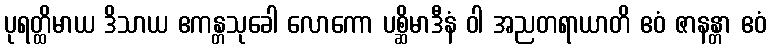
ပုရတ္ထိမာယ ဒိသာယ ဧကန္တသုခေါ လောကော ပစ္ဆိမာဒီနံ ဝါ အညတရာယာတိ ဧဝံ ဇာနန္တာ ဧဝံ